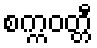
စက္ကဝတ္တီ